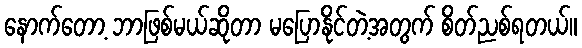
နောက်တော့ ဘာဖြစ်မယ်ဆိုတာ မပြောနိုင်တဲ့အတွက် စိတ်ညစ်ရတယ်။